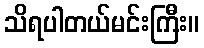
သိရပါတယ်မင်းကြီး။